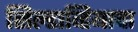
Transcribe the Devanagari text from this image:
सिल्डाव्हियाचा